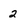
Character: 2